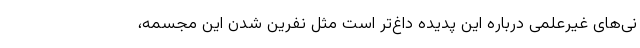
نی‌های غیرعلمی درباره این پدیده داغ‌تر است مثل نفرین شدن این مجسمه،